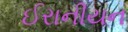
ઈરાનીયન